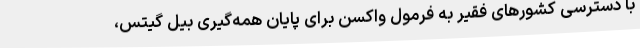
با دسترسی کشورهای فقیر به فرمول واکسن برای پایان همه‌گیری بیل گیتس،